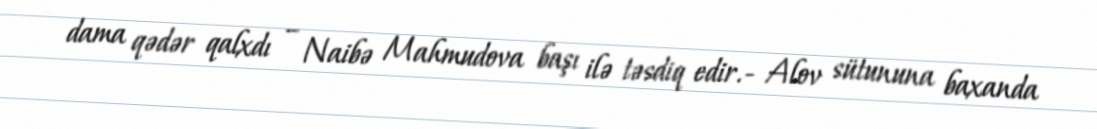
dama qədər qalxdı – Naibə Mahmudova başı ilə təsdiq edir.- Alov sütununa baxanda